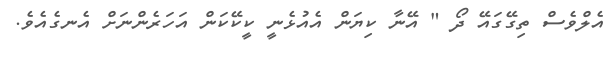
އެލްވެސް ތިގޭގައޭ ދޯ " އޭނާ ކިޔަން އެއުޅެނީ ކީކޭކަން އަހަރެންނަށް އެނގެއެވެ.